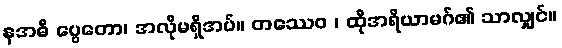
နအဓိ ပ္ပေတော၊ အလိုမရှိအပ်။ တဿေဝ ၊ ထိုအရိယာမဂ်၏ သာလျှင်။